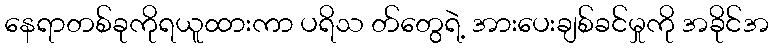
နေရာတစ်ခုကိုရယူထားကာ ပရိသ တ်တွေရဲ့ အားပေးချစ်ခင်မှုကို အခိုင်အ